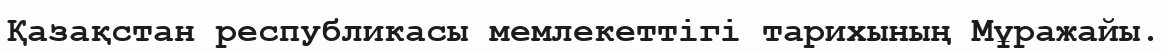
Қазақстан республикасы мемлекеттігі тарихының Мұражайы.